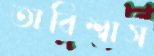
অবিশ্বাস